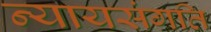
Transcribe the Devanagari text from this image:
न्यायसंगति